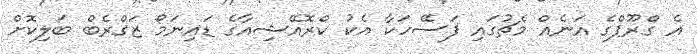
އެ ގްރޫޕްގެ އަނެއް މެޗުގައި ފަސޭހަކާ އެކު ކްރޮއޭޝިއާގެ ޑައިނަމޯ ޒަގްރެބް ބަލިކޮށް